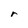
Character: r